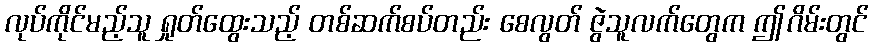
လုပ်ကိုင်မည့်သူ ရှုတ်ထွေးသည့် တစ်ဆက်စပ်တည်း စေလွတ် ဇွဲသူလက်တွေက ဤဂိမ်းတွင်